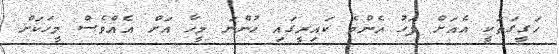
ހަގީގަތަކީ އެއަށް ފަހު އެންމެ ކައިރީގައި ހުންނަ މީހާ އަށް އެއްވެސް މީހަކަށް